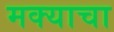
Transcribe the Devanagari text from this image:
मक्याचा